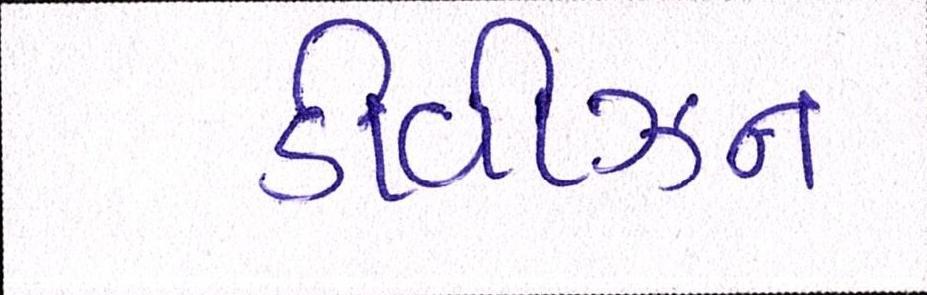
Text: ડીવીઝન